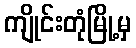
ကျိုင်းတုံမြို့မှ